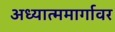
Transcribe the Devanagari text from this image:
अध्यात्ममार्गावर